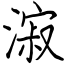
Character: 漃